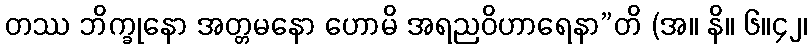
တဿ ဘိက္ခုနော အတ္တမနော ဟောမိ အရညဝိဟာရေနာ”တိ (အ။ နိ။ ၆။၄၂၊